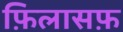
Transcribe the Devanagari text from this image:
फ़िलासफ़